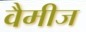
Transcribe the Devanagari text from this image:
वैमीज